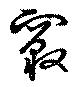
竅